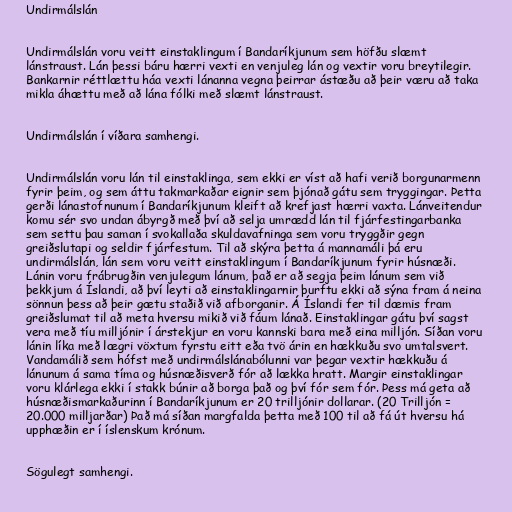
Undirmálslán

Undirmálslán voru veitt einstaklingum í Bandaríkjunum sem höfðu slæmt
lánstraust. Lán þessi báru hærri vexti en venjuleg lán og vextir voru breytilegir.
Bankarnir réttlættu háa vexti lánanna vegna þeirrar ástæðu að þeir væru að taka
mikla áhættu með að lána fólki með slæmt lánstraust.

Undirmálslán í víðara samhengi.

Undirmálslán voru lán til einstaklinga, sem ekki er víst að hafi verið borgunarmenn
fyrir þeim, og sem áttu takmarkaðar eignir sem þjónað gátu sem tryggingar. Þetta
gerði lánastofnunum í Bandaríkjunum kleift að krefjast hærri vaxta. Lánveitendur
komu sér svo undan ábyrgð með því að selja umrædd lán til fjárfestingarbanka
sem settu þau saman í svokallaða skuldavafninga sem voru tryggðir gegn
greiðslutapi og seldir fjárfestum. Til að skýra þetta á mannamáli þá eru
undirmálslán, lán sem voru veitt einstaklingum í Bandaríkjunum fyrir húsnæði.
Lánin voru frábrugðin venjulegum lánum, það er að segja þeim lánum sem við
þekkjum á Íslandi, að því leyti að einstaklingarnir þurftu ekki að sýna fram á neina
sönnun þess að þeir gætu staðið við afborganir. Á Íslandi fer til dæmis fram
greiðslumat til að meta hversu mikið við fáum lánað. Einstaklingar gátu því sagst
vera með tíu milljónir í árstekjur en voru kannski bara með eina milljón. Síðan voru
lánin líka með lægri vöxtum fyrstu eitt eða tvö árin en hækkuðu svo umtalsvert.
Vandamálið sem hófst með undirmálslánabólunni var þegar vextir hækkuðu á
lánunum á sama tíma og húsnæðisverð fór að lækka hratt. Margir einstaklingar
voru klárlega ekki í stakk búnir að borga það og því fór sem fór. Þess má geta að
húsnæðismarkaðurinn í Bandaríkjunum er 20 trilljónir dollarar. (20 Trilljón =
20.000 milljarðar) Það má síðan margfalda þetta með 100 til að fá út hversu há
upphæðin er í íslenskum krónum.

Sögulegt samhengi.